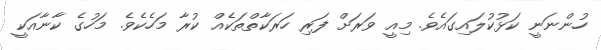
ހުންނަނީ ކަޅުކުލައިގައެވެ. މިއީ ވަރަށް ފަރި ހަރަކާތްތަކެއް ކުރާ މަހެކެވެ. މަހުގެ ކާނާއަކީ